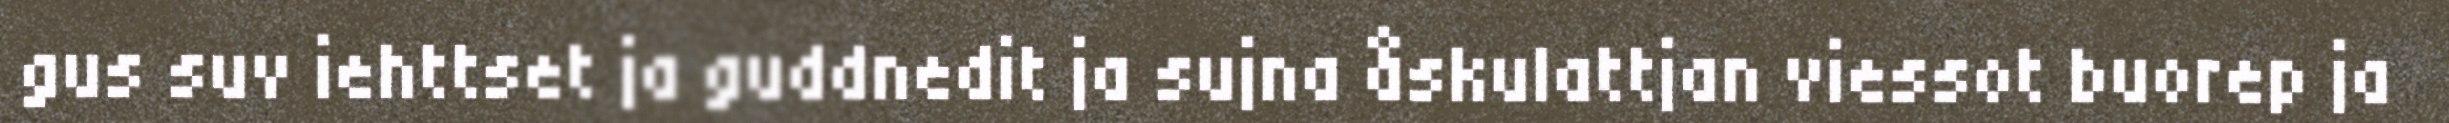
gus suv iehttset ja guddnedit ja sujna åskulattjan viessot buorep ja